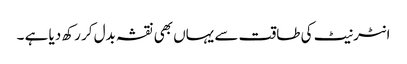
انٹرنیٹ کی طاقت سے یہاں بھی نقشہ بدل کر رکھ دیا ہے ۔